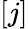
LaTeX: [j]